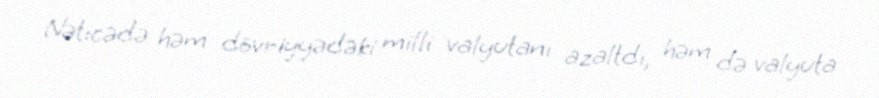
Nəticədə həm dövriyyədəki milli valyutanı azaltdı, həm də valyuta